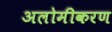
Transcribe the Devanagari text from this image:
अलोमीकरण